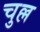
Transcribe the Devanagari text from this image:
चुल्ल